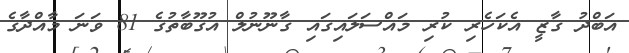
އަބްދު ގާޒީ އެކަހެރި ކުރި މައްސަލައިގައި ގާނޫނުލް އުގޫބާތުގެ 81 ވަނަ މާއްދާގެ